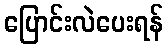
ပြောင်းလဲပေးရန်